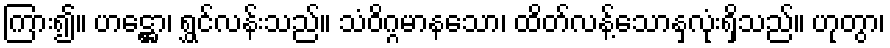
ကြား၍။ ဟဋ္ဌော၊ ရွှင်လန်းသည်။ သံဝိဂ္ဂမာနသော၊ ထိတ်လန့်သောနှလုံးရှိသည်။ ဟုတွာ၊